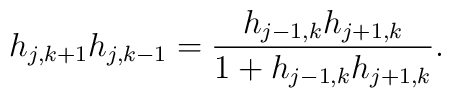
h_{j,k+1}h_{j,k-1}=\frac{h_{j-1,k}h_{j+1,k}}{1+h_{j-1,k}h_{j+1,k}} .